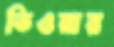
ডিওয়ার